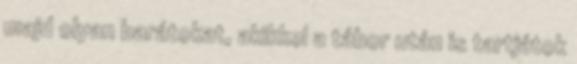
majd olyan barátokat, akikkel a tábor után is tartjátok